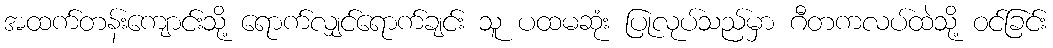
အထက်တန်းကျောင်းသို့ ရောက်လျှင်ရောက်ချင်း သူ ပထမဆုံး ပြုလုပ်သည်မှာ ဂီတကလပ်ထဲသို့ ဝင်ခြင်း